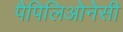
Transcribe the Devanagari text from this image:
पैपिलिओनेसी